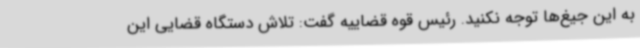
به این جیغ‌ها توجه نکنید. رئیس قوه قضاییه گفت: تلاش دستگاه قضایی این